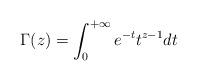
LaTeX: \begin{align*}\Gamma(z) =\int_{0}^{+\infty}e^{-t}t^{z-1}dt\end{align*}